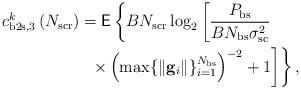
LaTeX: \begin{align*}c^k_{\mathrm{b2s},3}\left( N_{\mathrm{scr}} \right) & = \mathsf{E} \left\lbrace B N_{\mathrm{scr}} \log_2\left[ \frac{P_{\mathrm{bs}}}{BN_{\mathrm{bs}}\sigma^2_{\mathrm{sc}} } \right. \right. \\ & \left. \left. \,\,\, \times \left(\max \{ \|\mathbf{g}_i \| \}_{i=1}^{N_{\mathrm{bs}}} \right)^{-2} +1 \right] \right\rbrace,\end{align*}